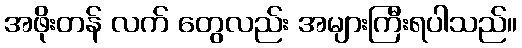
အဖိုးတန် လက် တွေလည်း အများကြီးရပါသည်။